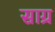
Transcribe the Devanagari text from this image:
साग्र